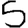
Digit: 5